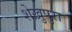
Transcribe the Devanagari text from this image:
शेख़ुपुरा